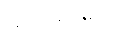
မင်းမင်းကို